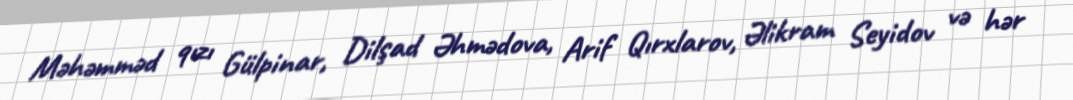
Məhəmməd qızı Gülpinar, Dilşad Əhmədova, Arif Qırxlarov, Əlikram Seyidov və hər